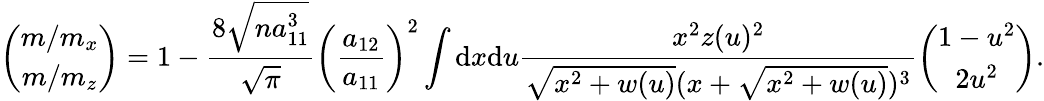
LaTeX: \left(\begin{array}{c}{m/m_{x}}\\ {m/m_{z}}\end{array}\right)=1-\frac{8\sqrt{na_{11}^{3}}}{\sqrt{\pi}}\left(\frac{a_{12}}{a_{11}}\right)^{2}\int\mathrm{d}x\mathrm{d}u\frac{x^{2}z(u)^{2}}{\sqrt{x^{2}+w(u)}(x+\sqrt{x^{2}+w(u)})^{3}}\left(\begin{array}{c}{1-u^{2}}\\ {2u^{2}}\end{array}\right).